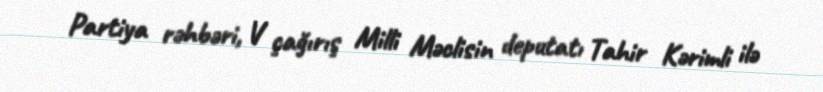
Partiya rəhbəri, V çağırış Milli Məclisin deputatı Tahir Kərimli ilə